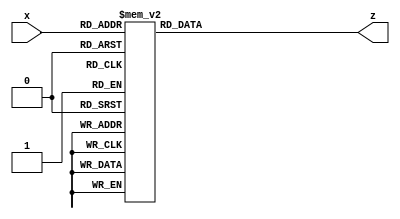
`timescale 1ns / 1ps
//////////////////////////////////////////////////////////////////////////////////
// Company: 
// Engineer: 
// 
// Design Name: 
// Module Name:    display_onedigit 
// Project Name: 
// Target Devices: 
// Tool versions: 
// Description: 
//
// Dependencies: 
//
// Revision: 
// Revision 0.01 - File Created
// Additional Comments: 
//
//////////////////////////////////////////////////////////////////////////////////
module display_onedigit(
    input  [3:0]x,
    output reg [6:0]z
    );
always @*
    case (x)
    4'b0000 :      	//Hexadecimal 0
        z = 7'b1111110;
    4'b0001 :    		//Hexadecimal 1
        z = 7'b0110000  ;
    4'b0010 :  		// Hexadecimal 2
        z = 7'b1101101 ; 
    4'b0011 : 		// Hexadecimal 3
        z = 7'b1111001 ;
    4'b0100 :		// Hexadecimal 4
        z = 7'b0110011 ;
    4'b0101 :		// Hexadecimal 5
        z = 7'b1011011 ;  
    4'b0110 :		// Hexadecimal 6
        z = 7'b1011111 ;
    4'b0111 :		// Hexadecimal 7
        z = 7'b1110000;
    4'b1000 :     		 //Hexadecimal 8
        z = 7'b1111111;
    4'b1001 :    		//Hexadecimal 9
        z = 7'b1111011 ;
    4'b1010 :  		// Hexadecimal A
        z = 7'b1110111 ; 
    4'b1011 : 		// Hexadecimal B
        z = 7'b0011111;
    4'b1100 :		// Hexadecimal C
        z = 7'b1001110 ;
    4'b1101 :		// Hexadecimal D
        z = 7'b0111101 ;
    4'b1110 :		// Hexadecimal E
        z = 7'b1001111 ;
    4'b1111 :		// Hexadecimal F
        z = 7'b1000111 ;
endcase
 
endmodule